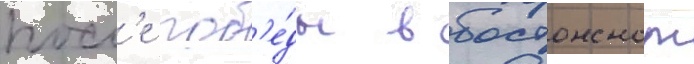
посл'е поб'е́ды в бостонском